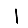
Digit: 1